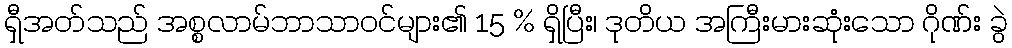
ရှီအတ်သည် အစ္စလာမ်ဘာသာဝင်များ၏ 15 % ရှိပြီး၊ ဒုတိယ အကြီးမားဆုံးသော ဂိုဏ်း ခွဲ